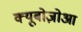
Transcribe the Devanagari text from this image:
क्यूबोज़ोआ